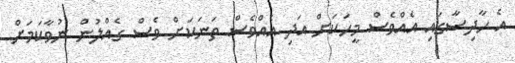
އެ ހާދިސާގައި އެއްވެސް މީހަކަށް އަދި އެއްވެސް ތަނަކަށް ވެސް ގެއްލުން ނުވާކަމަށް